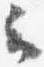
云